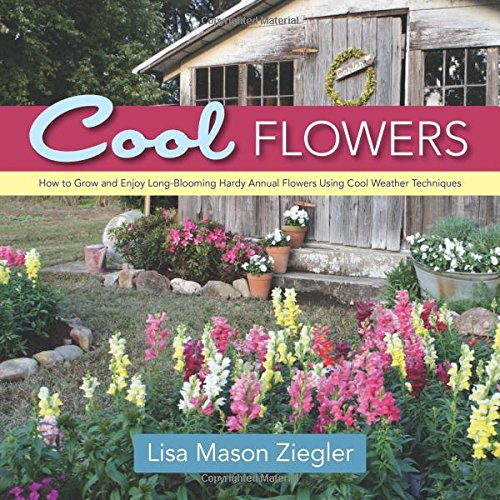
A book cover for Cool Flowers: How to Grow and Enjoy Long-Blooming Hardy Annual Flowers Using Cool Weather Techniques; Lisa Mason Ziegler; Crafts, Hobbies & Home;